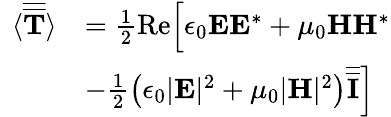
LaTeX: \begin{array}{rl}{\langle\overline{{\overline{{\mathbf{T}}}}}\rangle}&{=\frac{1}{2}\textrm{Re}\Bigr[\epsilon_{0}\mathbf{E}\mathbf{E}^{*}+\mu_{0}\mathbf{H}\mathbf{H}^{*}}\\ {\qquad}&{-\frac{1}{2}\left(\epsilon_{0}|\mathbf{E}|^{2}+\mu_{0}|\mathbf{H}|^{2}\right)\overline{{\overline{{\mathbf{I}}}}}\Bigr]}\end{array}